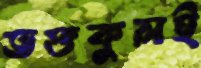
ভক্তকুলই